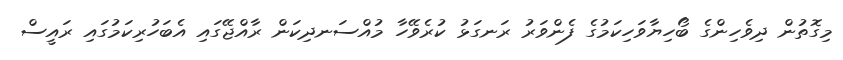
މިގޮތުން ދިވެހިންގެ ބޯހިޔާވަހިކަމުގެ ފެންވަރު ރަނގަޅު ކުރެވޭހާ މުއްސަނދިކަން ރާއްޖޭގައި އެބަހުރިކަމުގައި ރައީސް